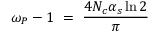
\omega _ { P } - 1 \ = \ { \frac { 4 N _ { c } \alpha _ { s } \ln { 2 } } { \pi } }